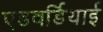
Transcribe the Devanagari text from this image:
एडवर्डियाई